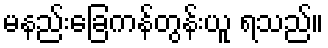
မနည်းခြေကန်တွန်းယူ ရသည်။